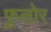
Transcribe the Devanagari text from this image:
फुलोर